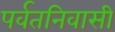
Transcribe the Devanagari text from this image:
पर्वतनिवासी